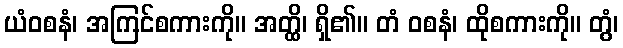
ယံဝစနံ၊ အကြင်စကားကို။ အတ္ထိ၊ ရှိ၏။ တံ ဝစနံ၊ ထိုစကားကို။ တွံ၊